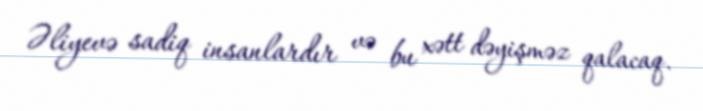
Əliyevə sadiq insanlardır və bu xətt dəyişməz qalacaq.